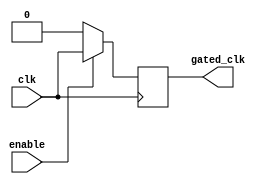
module clock_gating (
    input wire clk,          // Primary clock signal
    input wire enable,       // Enable signal for clock gating
    output reg gated_clk     // Gated clock output
);

// Clock gating logic
always @(posedge clk) begin
    if (enable) begin
        gated_clk <= clk;   // Pass through the clock when enabled
    end else begin
        gated_clk <= 1'b0;  // Block the clock when disabled
    end
end

endmodule